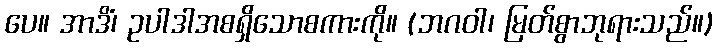
ပေ။ အာဒိံ၊ ဥပါဒါအစရှိသောစကားကို။ (ဘဂဝါ၊ မြတ်စွာဘုရားသည်။)